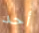
أحد